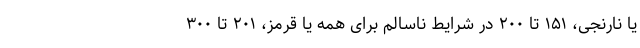
یا نارنجی، ۱۵۱ تا ۲۰۰ در شرایط ناسالم برای همه یا قرمز، ۲۰۱ تا ۳۰۰